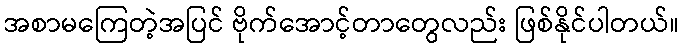
အစာမကြေတဲ့အပြင် ဗိုက်အောင့်တာတွေလည်း ဖြစ်နိုင်ပါတယ်။